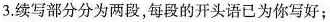
3.续写部分分为两段,每段的开头语已为你写好;